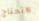
لاتحتاج